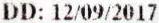
DD: 12/09/2017